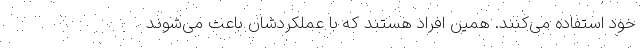
خود استفاده می‌کنند. همین افراد هستند که با عملکردشان باعث می‌شوند